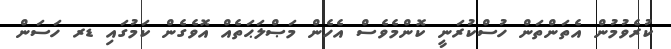
ކުރެވުމުން އެތަންތަން ހުސްކުރަނީ ކޮންމެވެސް އެހެން މަޞްލަޙަތެއް އޮވެގެން ކަމުގައި ޑރ ހަސަން